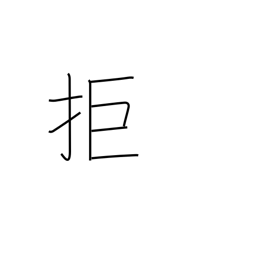
Meaning: reject